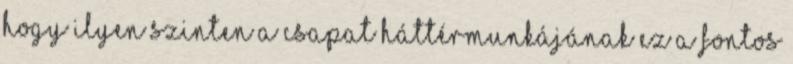
hogy ilyen szinten a csapat háttérmunkájának ez a fontos